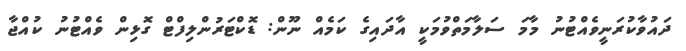
ދައުވާކުރަނީވެއްޓުނު މާމަ ސަލާމަތްވުމަކީ އާދައިގެ ކަމެއް ނޫން: ޑޮކްޓަރުންލިފްޓް ގޮޅިން ވެއްޓުނު ކުއްޖާ